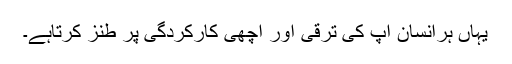
یہاں ہرانسان آپ کی ترقی اور اچھی کارکردگی پر طنز کرتاہے۔